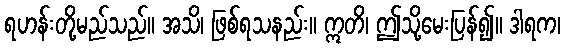
ရဟန်းတို့မည်သည်။ အသိ၊ ဖြစ်ရသနည်း။ ဣတိ၊ ဤသို့မေးပြန်၍။ ဒါရက၊